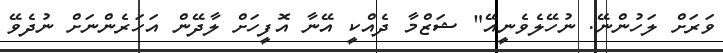
ވަރަށް ލަހުންނޭ. ނުހޭލެވެނީއޭ" ޝަޒްމާ ދެއްކީ އޭނާ އޮފީހަށް ލާދޭން އަހަރެންނަށް ނުދެވޭ